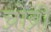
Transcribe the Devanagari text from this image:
च्रोब्री